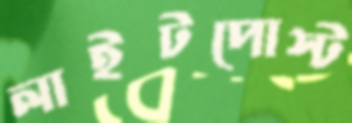
লাইটপোস্ট